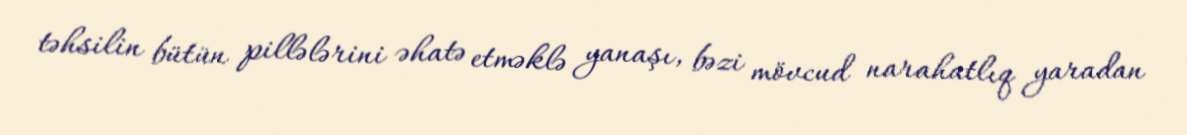
təhsilin bütün pillələrini əhatə etməklə yanaşı, bəzi mövcud narahatlıq yaradan